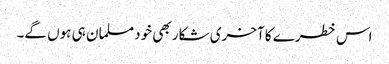
اس خطرے کا آخری شکار بھی خود مسلمان ہی ہوں گے۔